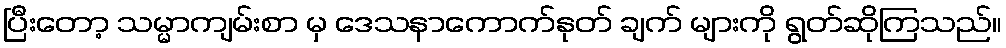
ပြီးတော့ သမ္မာကျမ်းစာ မှ ဒေသနာကောက်နုတ် ချက် များကို ရွတ်ဆိုကြသည်။